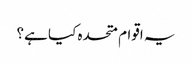
یہ اقوام متحدہ کیا ہے؟